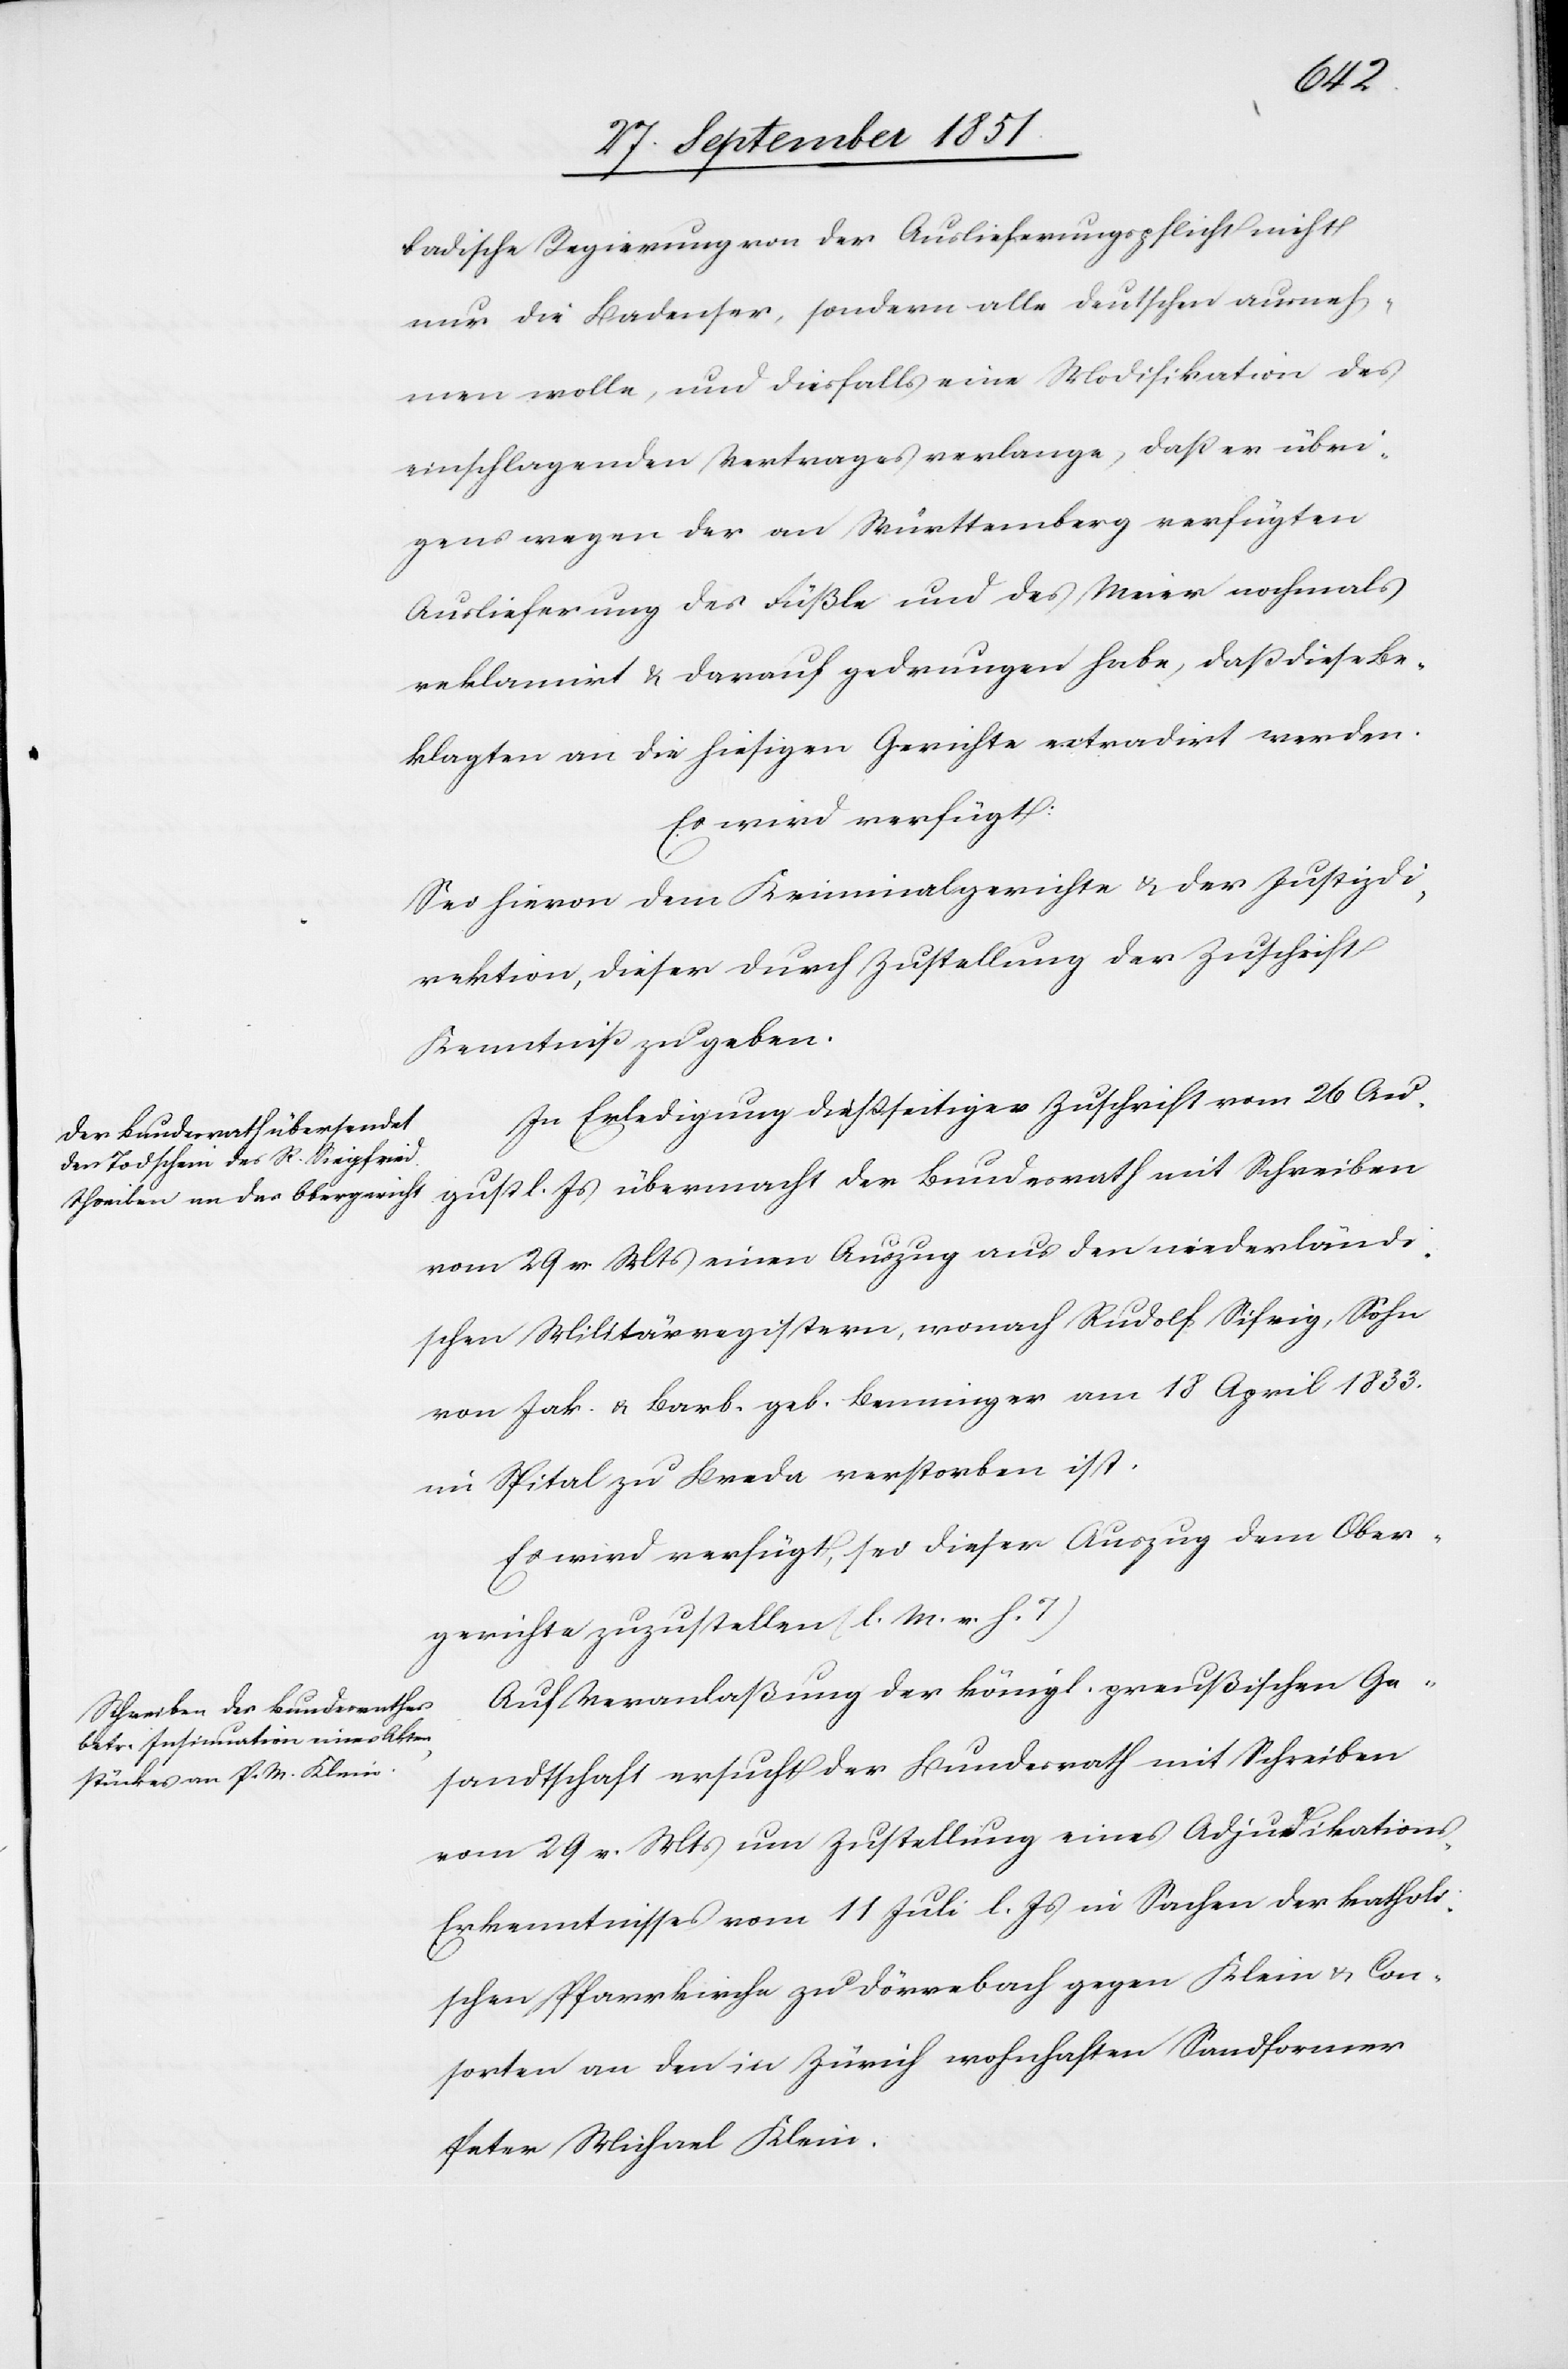
den
2 October 1851.]
badische Regierung von der Auslieferungspflicht nicht
nur die Badenser, sondern alle Deutschen ausneh¬
men wolle, und diesfalls eine Modifikation des
einschlagenden Vertrages verlange, daß er übri¬
gens wegen der an Württemberg verfügten
Auslieferung des Füßle und des Meier nochmals
reklamirt & darauf gedrungen habe, das diese Be¬
klagten an die hiesigen Gerichte extradirt werden.
Es wird verfügt:
Sei hievon dem Kriminalgerichte & der Justizdi¬
rektion, dieser durch Zustellung der Zuschrift
Kenntniß zu geben.
In Erledigung dießseitiger Zuschrift vom 26 Au¬
gust l. Js übermacht der Bundesrath mit Schreiben
vom 29 v. Mts einen Auszug aus den niederländi¬
schen Militärregistern, wonach Rudolf Sifrig [sic!],
von Jak. & Barb. geb. Benninger am 18 April 1833.
im Spital zu Breda verstorben ist.
Es wird verfügt, sei dieser Auszug dem Ober¬
gerichte zuzustellen (l. M. v. h. T)
Auf Veranlaßung der königl. preußischen Ge¬
sandtschaft ersucht der Bundesrath mit Schreiben
vom 29 v. Mts um Zustellung eines Adjudikation¬
s-Erkenntnisses vom 11 Juli l. Js in Sachen der katholi¬
schen Pfarrkirche zu Dörrebach gegen Klein & Con¬
sorten an den in Zürich wohnhaften Sandformer
Peter Michael Klein.